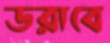
ডরাবে